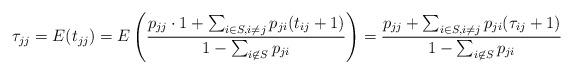
LaTeX: \begin{align*} \tau_{jj} = E(t_{jj}) = E \left( \frac{ p_{jj} \cdot 1 + \sum_{i \in S, i \ne j} p_{ji} (t_{ij} + 1) } {1 - \sum_{i \not \in S} p_{ji}} \right) = \frac{ p_{jj}+ \sum_{i \in S, i \ne j} p_{ji} (\tau_{ij}+1)} {1- \sum_{i \not \in S} p_{ji}} \end{align*}